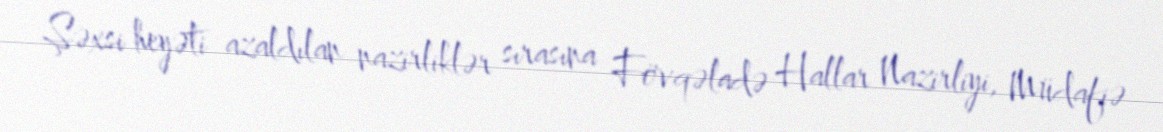
Şəxsi heyəti azaldılan nazirliklər sırasına Fövqəladə Hallar Nazirliyi, Müdafiə